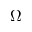
\Omega